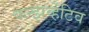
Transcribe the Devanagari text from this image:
कन्झर्व्हेटिव